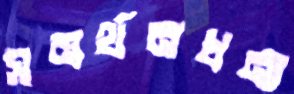
সমর্থনধন্য